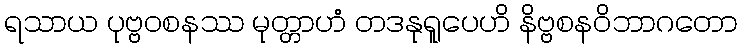
ရသာယ ပုဗ္ဗဝစနဿ မုတ္တာဟံ တဒနုရူပေဟိ နိဗ္ဗစနဝိဘာဂတော